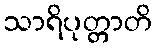
သာရိပုတ္တာတိ